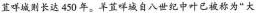
苴咩城则长达 450 年。羊蓝咩城自八世纪中叶已被称为“大